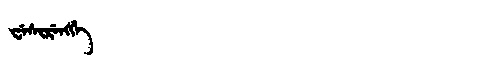
Manchu: ᠸᡝᠰᡳᡵᡝᠩᡤᡝ
Romanization: WESIRENGGE